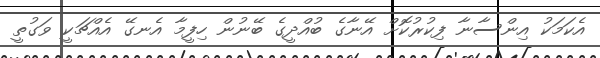
އެކަމަކު އިންސާނާ ފިކުރުކޮށް އޭނާގެ ބުއްދީގެ ބޭނުން ހިފީމާ އެނގޭ އެއްޗަކީ ވަގުތީ